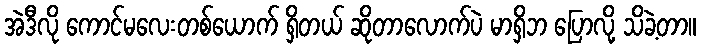
အဲဒီလို ကောင်မလေးတစ်ယောက် ရှိတယ် ဆိုတာလောက်ပဲ မာရှိဘ ပြောလို့ သိခဲ့တာ။